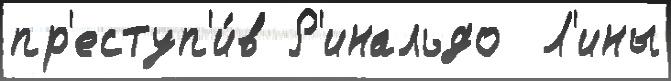
пр'еступ'и́в Р'инальдо  Л'ины